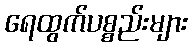
ရေထွက်ပစ္စည်းများ